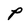
Character: p